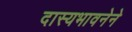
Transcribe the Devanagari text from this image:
दास्यभावनेने